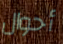
أحوال